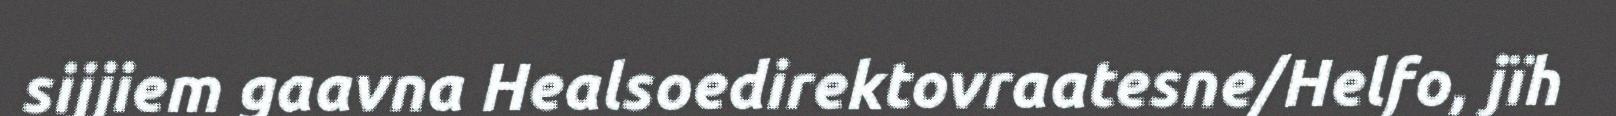
sijjiem gaavna Healsoedirektovraatesne/Helfo, jïh